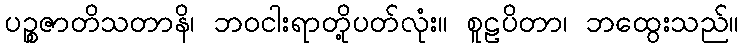
ပဉ္စဇာတိသတာနိ၊ ဘဝငါးရာတို့ပတ်လုံး။ စူဠပိတာ၊ ဘထွေးသည်။